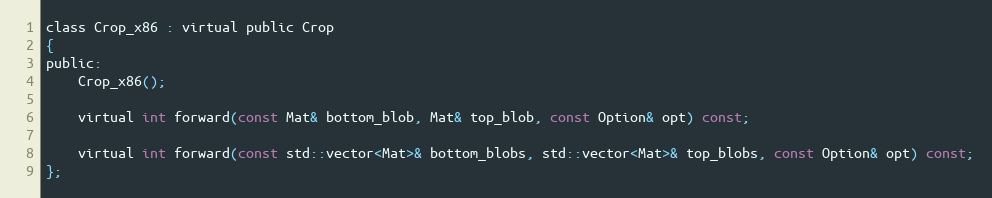
Language: C
class Crop_x86 : virtual public Crop
{
public:
    Crop_x86();

    virtual int forward(const Mat& bottom_blob, Mat& top_blob, const Option& opt) const;

    virtual int forward(const std::vector<Mat>& bottom_blobs, std::vector<Mat>& top_blobs, const Option& opt) const;
};